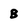
Character: B